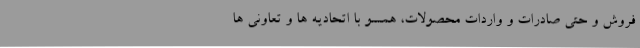
فروش و حتی صادرات و واردات محصولات، همسو با اتحادیه ها و تعاونی ها